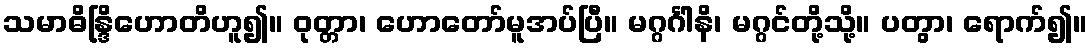
သမာဓိန္ဒြိဟောတိဟူ၍။ ဝုတ္တာ၊ ဟောတော်မူအပ်ပြီ။ မဂ္ဂင်္ဂါနိ၊ မဂ္ဂင်တို့သို့။ ပတွာ၊ ရောက်၍။